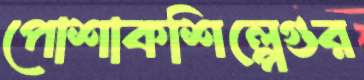
পোশাকশিল্পেগুর